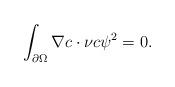
LaTeX: \begin{align*}\int_{\partial\Omega }\nabla c\cdot\nu c\psi^{2}=0.\end{align*}